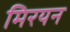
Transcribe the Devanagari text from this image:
मिरयन